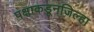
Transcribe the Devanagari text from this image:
पक्षाकडूनजिल्हा